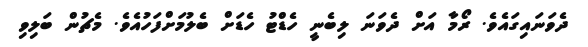
ދެވަނައިގައެވެ. ރޯމާ އަށް ދެވަނަ ލިބެނީ ހެޑްޓު ހެޑަށް ބެލުމަށްފަހުއެވެ. މެޗުން ބަލިވި